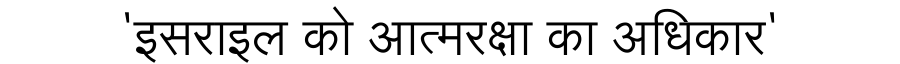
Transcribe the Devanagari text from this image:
'इसराइल को आत्मरक्षा का अधिकार'